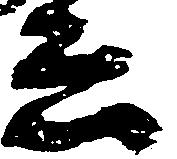
ゑ